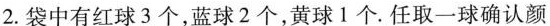
2. 袋中有红球3个，蓝球2个，黄球1个. 任取一球确认颜